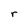
Character: r